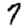
Digit: 7